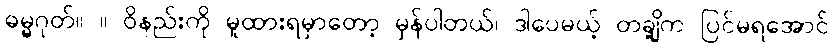
ဓမ္မဂုတ်။ ။ ဝိနည်းကို မူထားရမှာတော့ မှန်ပါတယ်၊ ဒါပေမယ့် တချို့က ပြင်မရအောင်